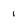
Character: 1